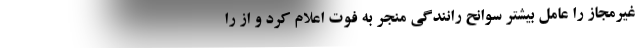
غیرمجاز را عامل بیشتر سوانح رانندگی منجر به فوت اعلام کرد و از را